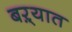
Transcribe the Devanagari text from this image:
बऱ्यात